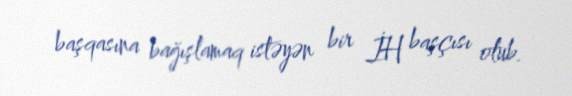
başqasına bağışlamaq istəyən bir İH başçısı olub.